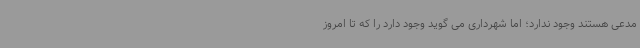
مدعی هستند وجود ندارد؛ اما شهرداری می گوید وجود دارد را که تا امروز